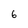
Character: 6